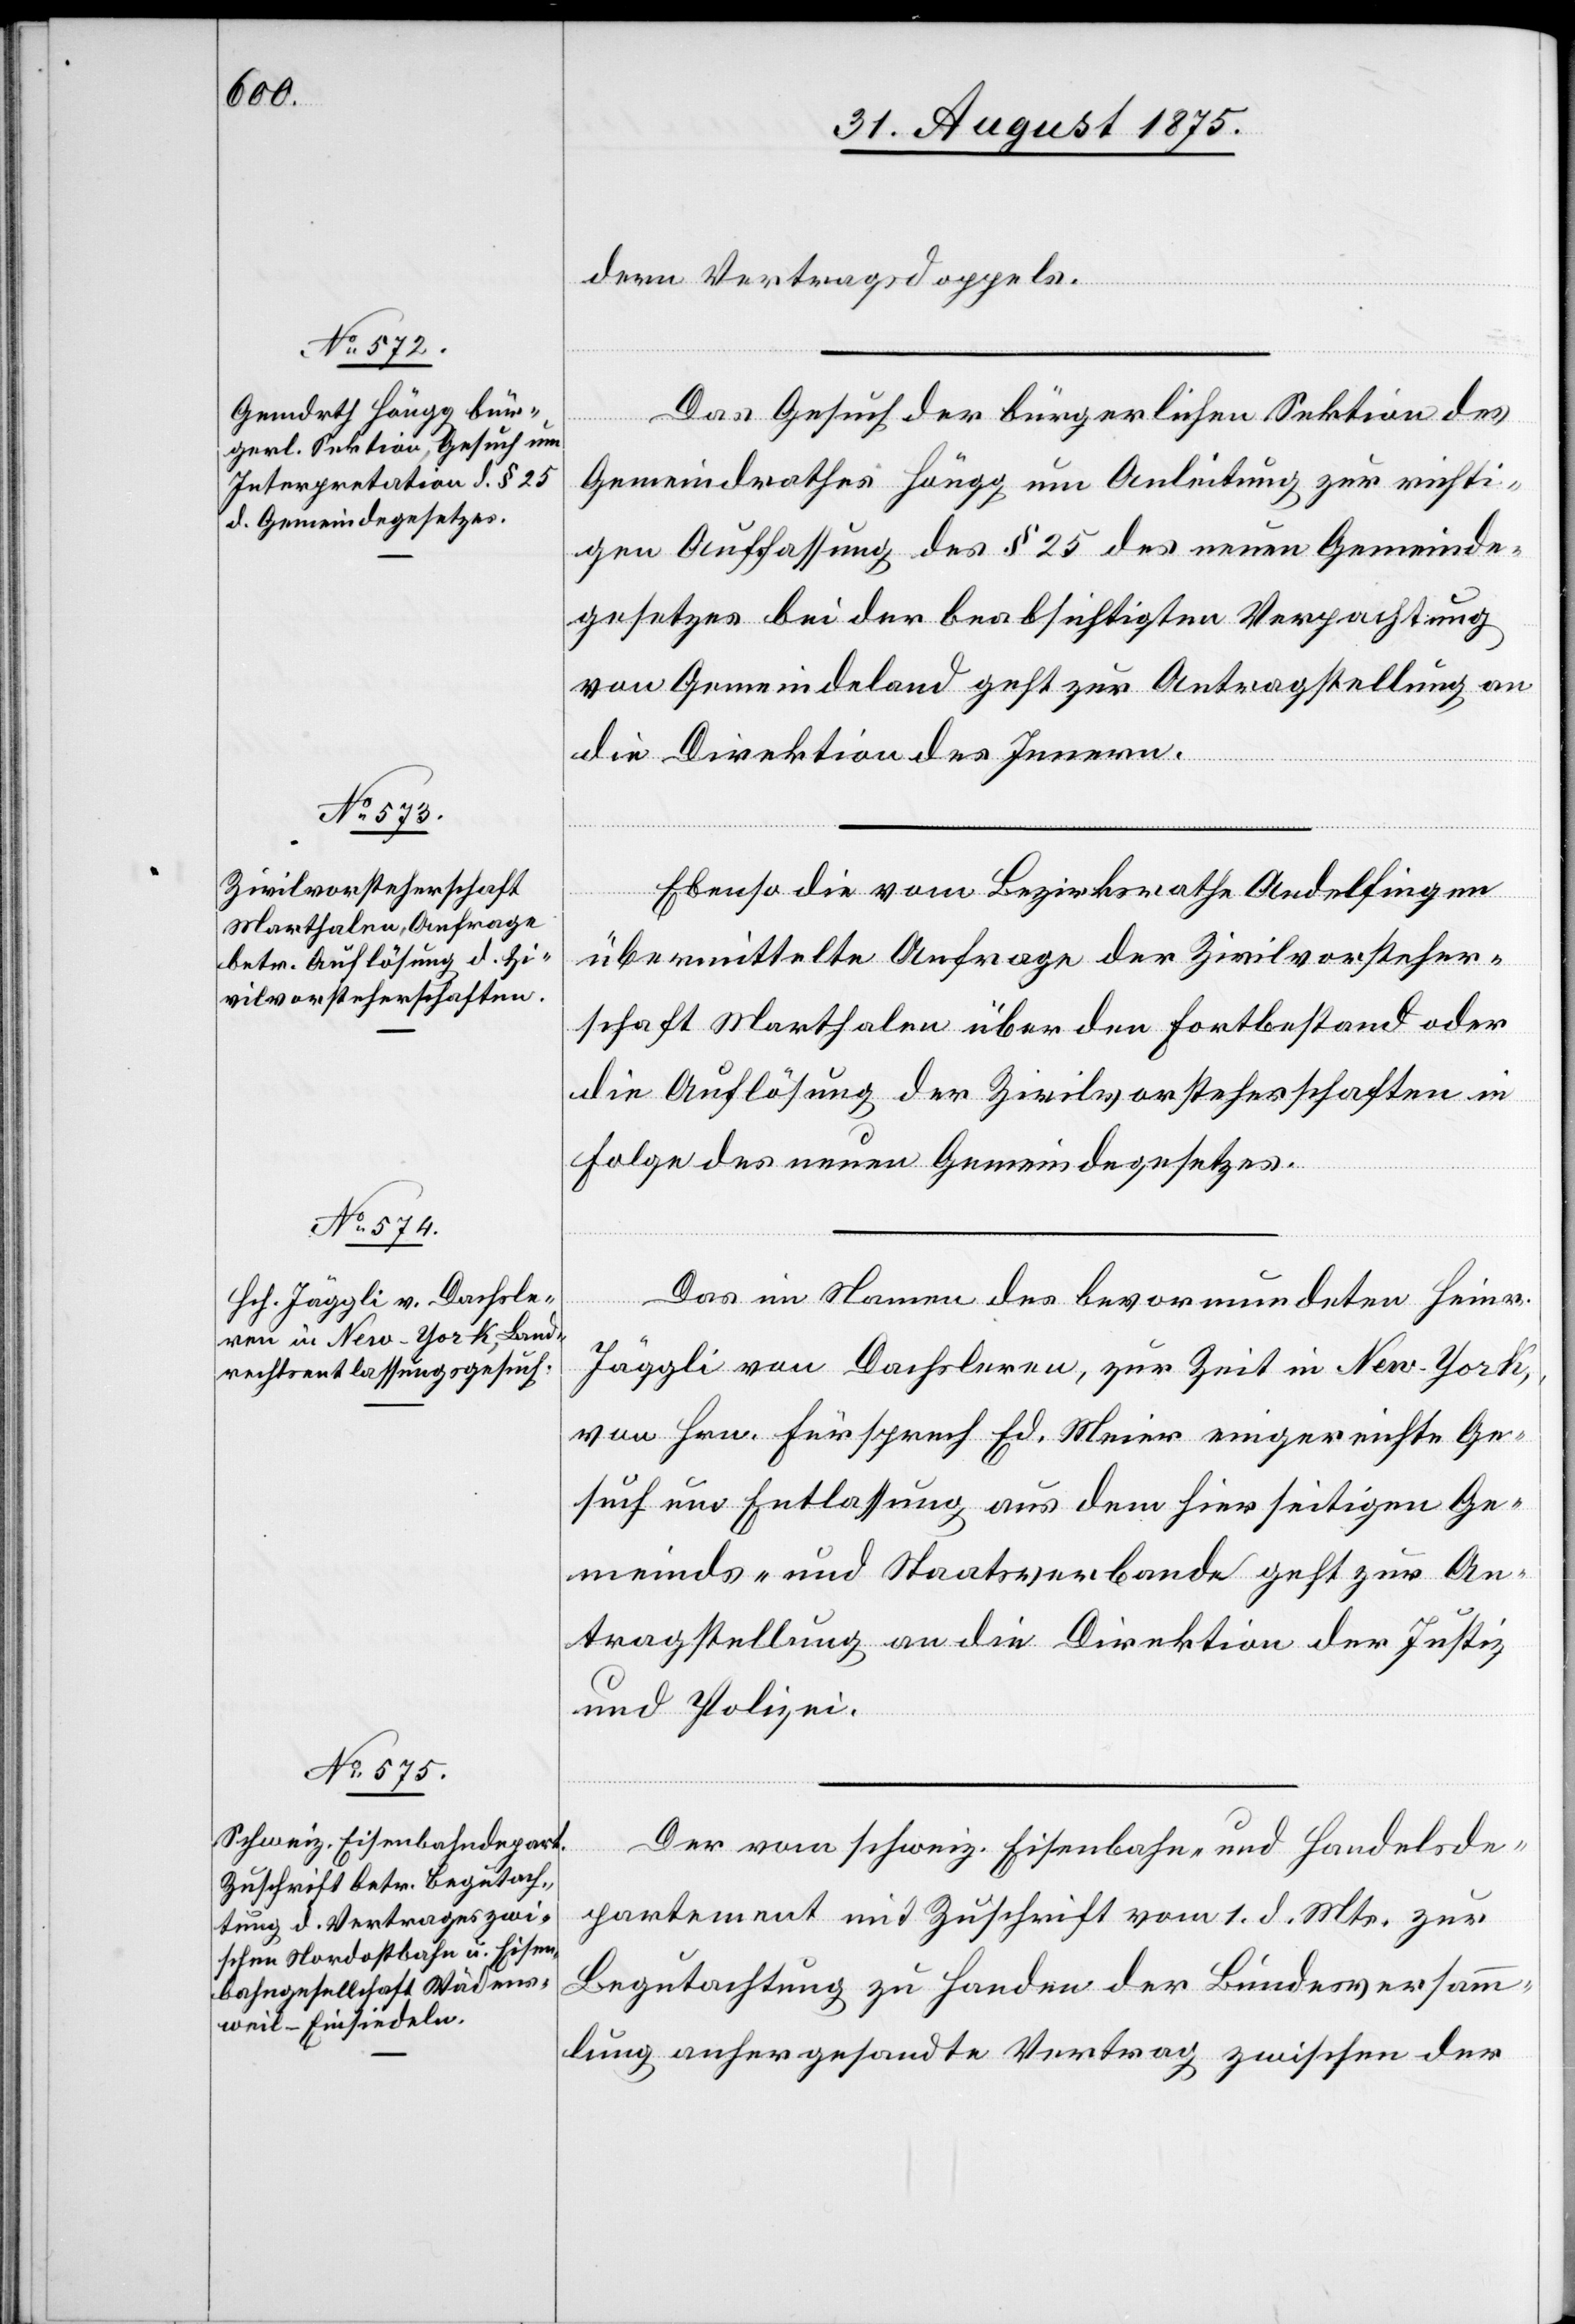
dern Vertragsdoppels.
Das Gesuch der bürgerlichen Sektion des
Gemeindrathes Höngg um Anleitung zur richti¬
gen Auffassung des § 25 des neuen Gemeinde¬
gesetzes bei der beabsichtigten Verpachtung
von Gemeindeland geht zur Antragstellung an
die Direktion des Innern.
Ebenso die vom Bezirksrathe Andelfingen
übermittelte Anfrage der Zivilvorsteher¬
schaft Marthalen über den Fortbestand oder
die Auflösung der Zivilvorsteherschaften in
Folge des neuen Gemeindegesetzes.
2.
Das im Namen des bevormundeten Heinr.
Jäggli von Dachsleren, zur Zeit in New-York,
von Hrn. Fürsprech Ed. Meier eingereichte Ge¬
such um Entlassung aus dem hierseitigen Ge¬
meinds- und Staatsverbande geht zur An¬
tragstellung an die Direktion der Justiz
und Polizei.
Der vom schweiz. Eisenbahn- und Handelsde¬
partement mit Zuschrift vom 1. d. Mts. zur
Begutachtung zu Handen der Bundesversamm¬
lung anhergesandte Vertrag zwischen der